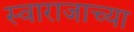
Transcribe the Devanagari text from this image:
स्वाराजाच्या